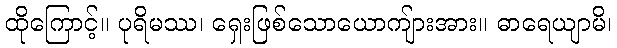
ထိုကြောင့်။ ပုရိမဿ၊ ရှေးဖြစ်သောယောကျ်ားအား။ ဓာရေယျာမိ၊